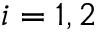
i = 1 , 2